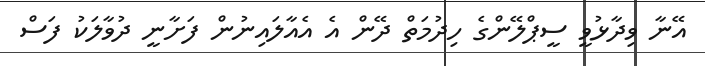
އޭނާ ވިދާޅުވީ ސީޕްލޭންގެ ހިދުމަތް ދޭން އެ އެއާލައިނުން ފަށާނީ ދުވާލަކު ފަސް